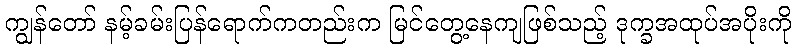
ကျွန်တော် နမ့်ခမ်းပြန်ရောက်ကတည်းက မြင်တွေ့နေကျဖြစ်သည့် ဒုက္ခအထုပ်အပိုးကို